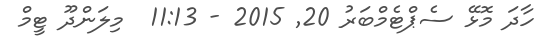
ހާދަ މޮޅޭ ސެޕްޓެމްބަރު 20